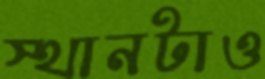
স্থানটাও